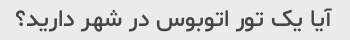
آیا یک تور اتوبوس در شهر دارید؟